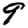
Digit: 9